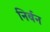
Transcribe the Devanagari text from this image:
निर्बन